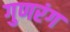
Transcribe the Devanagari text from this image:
गुणरंग